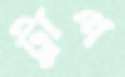
ট্রাপ